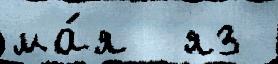
ма́я  яз